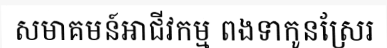
សមាគមន៍អាជីវកម្ម ពងទាកូនស្រែរ